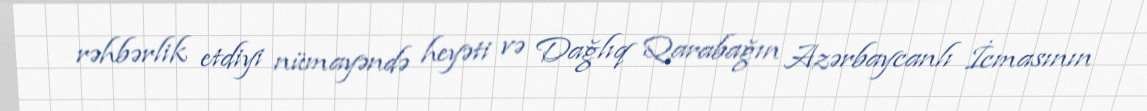
rəhbərlik etdiyi nümayəndə heyəti və Dağlıq Qarabağın Azərbaycanlı İcmasının